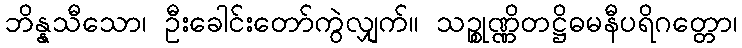
ဘိန္နသီသော၊ ဦးခေါင်းတော်ကွဲလျှက်။ သဉ္စုဏ္ဏိတဋ္ဌိဓမနီပရိဂတ္တော၊